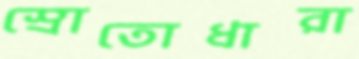
স্রোতোধারা